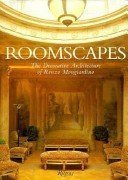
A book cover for Roomscapes The Decorative Architecture of Renzo Mongiardino; Renzo Mongiardino; Arts & Photography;